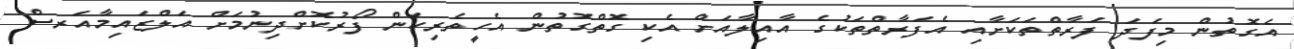
އެގޮތުން މިފަދަ ފަރާތްތަކަށާއި އެފަރާތްތަކުގެ އާއިލާއަށް އެކި ގޮތްގޮތުން އެހީތެރިކަން ފޯރުކޮށްދިނުމަށް އަލްޒައިމާއަރސް